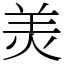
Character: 羙